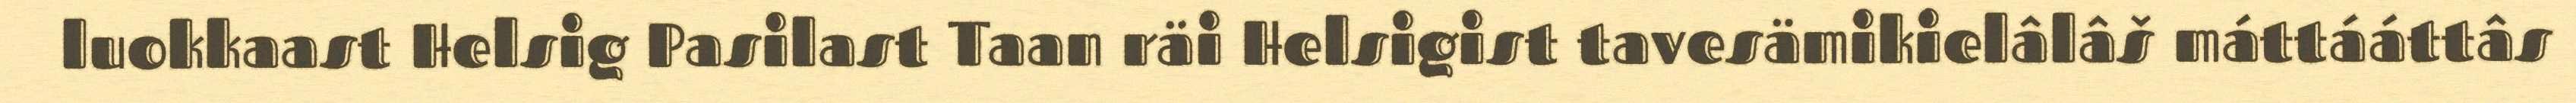
luokkaast Helsig Pasilast Taan räi Helsigist tavesämikielâlâš máttááttâs